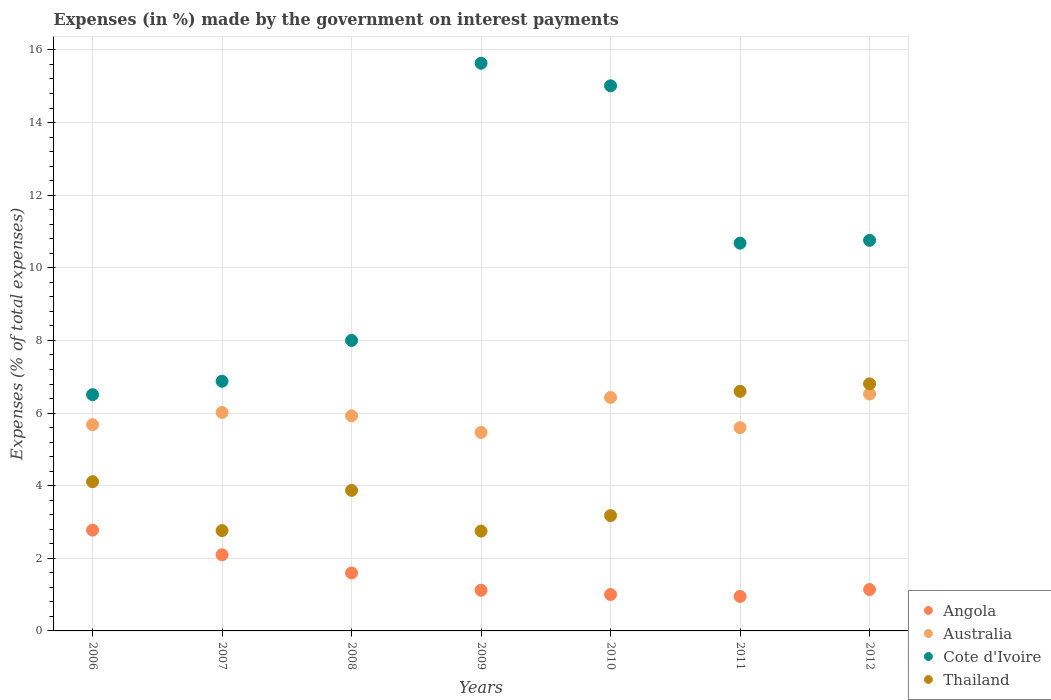
| Years | Angola | Australia | Cote d'Ivoire | Thailand |
 | --- | --- | --- | --- | --- |
 | 2006 | 2.78 | 5.68 | 6.51 | 4.11 |
 | 2007 | 2.1 | 6.02 | 6.88 | 2.76 |
 | 2008 | 1.6 | 5.92 | 8 | 3.87 |
 | 2009 | 1.12 | 5.47 | 15.6 | 2.75 |
 | 2010 | 1 | 6.43 | 15 | 3.18 |
 | 2011 | 0.95 | 5.6 | 10.7 | 6.6 |
 | 2012 | 1.14 | 6.52 | 10.8 | 6.81 |